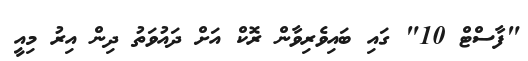
"ފާސްޓް 10" ގައި ބައިވެރިވާން ރޮކް އަށް ދައުވަތު ދިން އިރު މިއީ